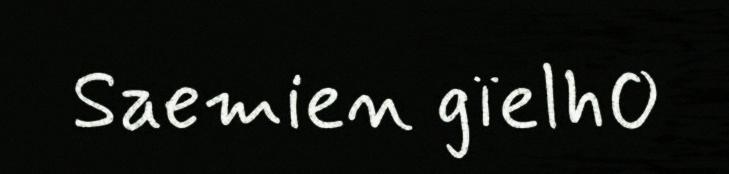
Saemien gïelh